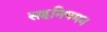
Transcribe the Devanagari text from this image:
सहनियमन